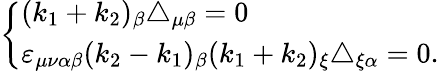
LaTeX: \left\{ \begin{array}{l}{{(k_{1}+k_{2})_{\beta}\triangle_{\mu\beta}=0}}\\ {{\varepsilon_{\mu\nu\alpha\beta}(k_{2}-k_{1})_{\beta}(k_{1}+k_{2})_{\xi}\triangle_{\xi\alpha}=0.}}\end{array}\right.